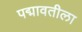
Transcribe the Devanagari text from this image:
पद्मावतीला